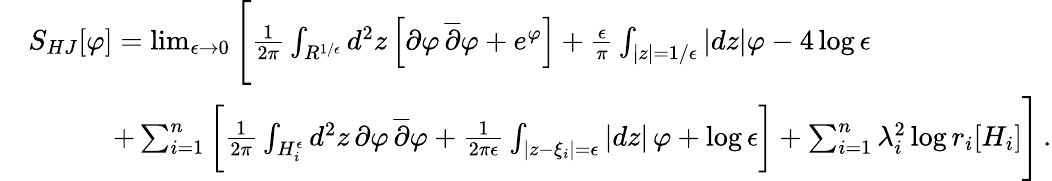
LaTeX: \begin{array}{rl}&{S_{HJ}[\varphi]=\operatorname*{lim}_{\epsilon\to 0}\Bigg[{\frac{1}{2\pi}}\int_{R^{1/\epsilon}}d^{2}z\left[\partial\varphi\, \overline{{\partial}}\varphi+e^{\varphi}\right]+{\frac{\epsilon}{\pi}}\int_{|z|=1/\epsilon}|dz|\varphi-4\log\epsilon}\\ &{\quad\quad\quad+\sum_{i=1}^{n}\bigg[{\frac{1}{2\pi}}\int_{H_{i}^{\epsilon}}d^{2}z\, \partial\varphi\, \overline{{\partial}}\varphi+{\frac{1}{2\pi\epsilon}}\int_{|z-\xi_{i}|=\epsilon}|dz|\, \varphi+\log\epsilon\bigg]+\sum_{i=1}^{n}\lambda_{i}^{2}\log r_{i}[H_{i}]\Bigg]\, .}\end{array}